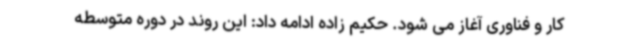
کار و فناوری آغاز می شود. حکیم زاده ادامه داد: این روند در دوره متوسطه